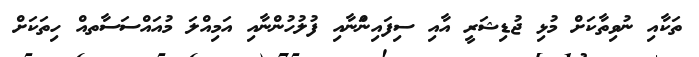
ތަކާއި ނުވިތާކަށް މުޅި ޖުޑިޝަރީ އާއި ސިފައިންަނާއި ފުލުހުންނާއި އަމިއްލަ މުއައްސަސާތއް ހިތަކަށް